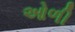
ઓળી